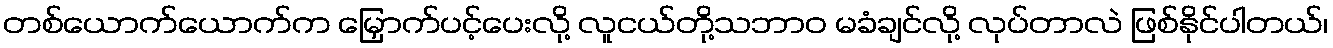
တစ်ယောက်ယောက်က မြှောက်ပင့်ပေးလို့ လူငယ်တို့သဘာဝ မခံချင်လို့ လုပ်တာလဲ ဖြစ်နိုင်ပါတယ်၊